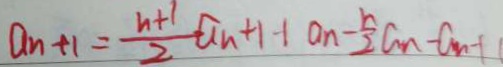
a _ { n + 1 } = \frac { n + 1 } { 2 } a _ { n } + 1 + a _ { n } - \frac { n } { 2 } a _ { n } - a _ { n } - 1